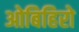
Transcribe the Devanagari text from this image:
ओबिहिरो